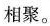
相聚。